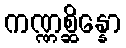
ကဏ္ဏစ္ဆိန္နော